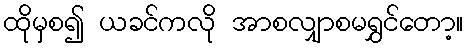
ထိုမှစ၍ ယခင်ကလို အာစလျှာစမရွှင်တော့။